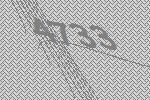
4733